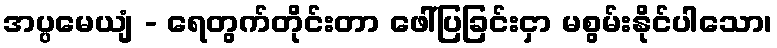
အပ္ပမေယျံ - ရေတွက်တိုင်းတာ ဖေါ်ပြခြင်းငှာ မစွမ်းနိုင်ပါသော၊